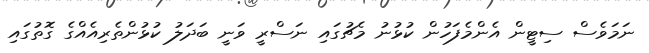
ނަމަވެސް ސިޓީން އެންމެފަހުން ކުޅުނު މެޗުގައި ނަސްރީ ވަނީ ބަދަލު ކުޅުންތެރިއެއްގެ ގޮތުގައި